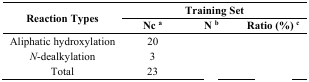
<table><thead><tr><td rowspan="2"><b>Reaction Types</b></td><td colspan="3"><b>Training Set</b></td></tr><tr><td><b>Nc <sup>a</sup></b></td><td><b>N <sup>b</sup></b></td><td><b>Ratio (%) <sup>c</sup></b></td></tr></thead><tbody><tr><td>Aliphatic hydroxylation</td><td>20</td><td>[EMPTY_CELL]</td><td>[EMPTY_CELL]</td></tr><tr><td><i>N</i>-dealkylation</td><td>3</td><td>[EMPTY_CELL]</td><td>[EMPTY_CELL]</td></tr><tr><td>Total</td><td>23</td><td>[EMPTY_CELL]</td><td>[EMPTY_CELL]</td></tr></tbody></table>